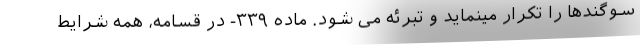
سوگندها را تکرار مینماید و تبرئه می شود. ماده ۳۳۹- در قسامه، همه شرایط